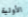
الأولية